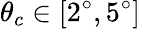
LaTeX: \theta_{c}\in[2^{\circ},5^{\circ}]